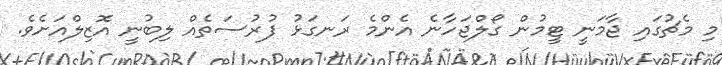
މި މެޗުގައި ޖާމަނީ ޓީމުން ގޯލްޖަހާނެ އެންމެ ރަނގަޅު ފުރުސަތެއް ލިބުނީ އޮޒިލްއަށެވެ.